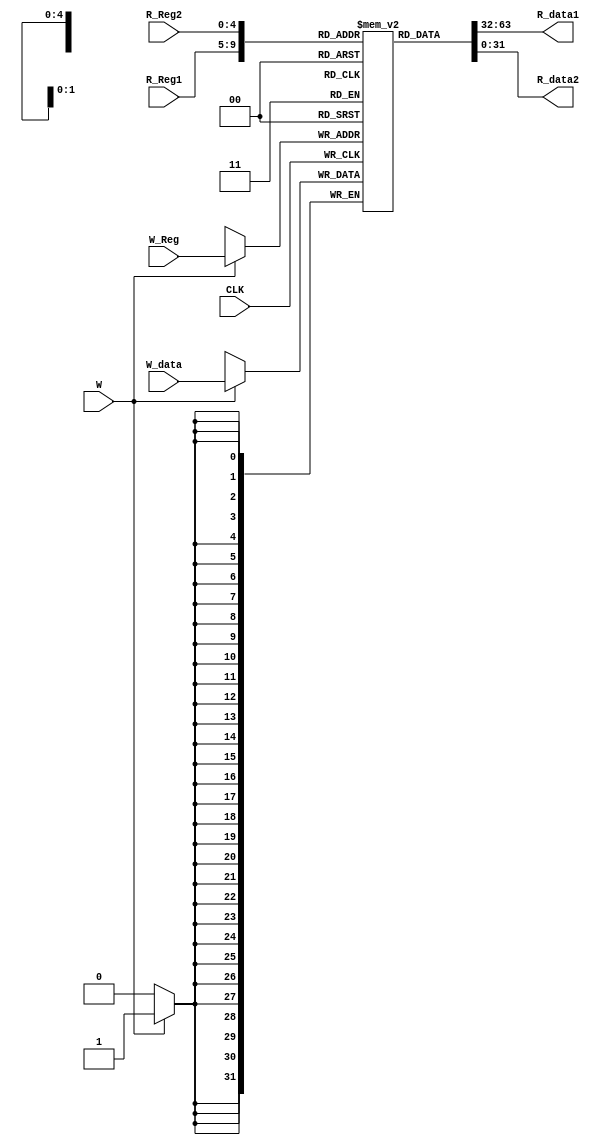
module RF(
    CLK,W_data,R_Reg1,R_Reg2,W_Reg,R_data1,R_data2,W
    );
    parameter DataWidth=32;
    parameter AddrWidth=5;
    parameter DataDepth=1<<AddrWidth;
        input CLK;
        input W;
        input [AddrWidth-1:0] R_Reg1,R_Reg2,W_Reg;
        input [DataWidth-1:0] W_data;
        output [DataWidth-1:0] R_data1,R_data2;
        reg [DataWidth-1:0] rf [DataDepth-1:0];
        integer i;
        assign R_data1=rf[R_Reg1];
        assign R_data2=rf[R_Reg2];
        always @ (posedge CLK)
        begin :MEM_WRITE
            if(W)begin
                rf[W_Reg]=W_data;
            end
        end
        initial begin
            for(i=0;i!=DataDepth;i=i+1) begin
                rf[i]=i;
            end
        end
endmodule